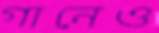
গানেও